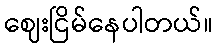
ဈေးငြိမ်နေပါတယ်။